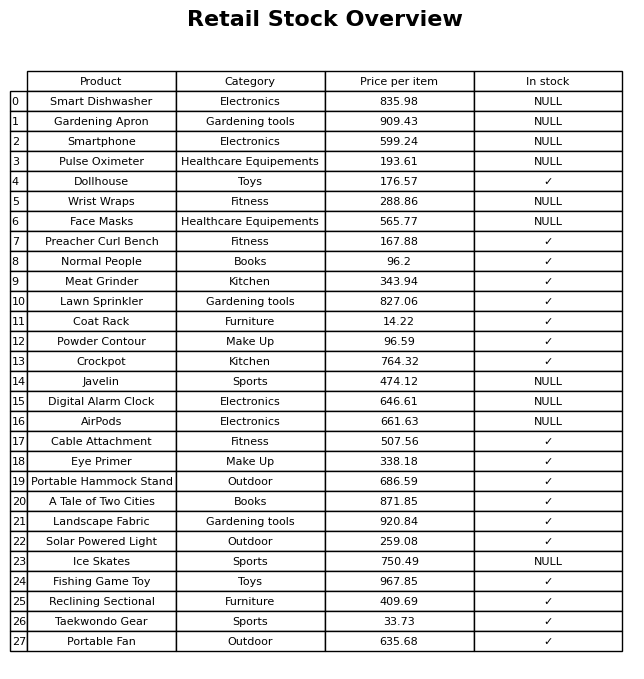
question: What is the price of the AirPods?
answer: The price of AirPods is 661.63.